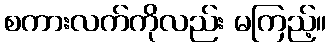
စကားလက်ကိုလည်း မကြည့်။